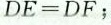
DE=DF；